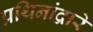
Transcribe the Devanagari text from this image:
प्रथिनांद्वारे